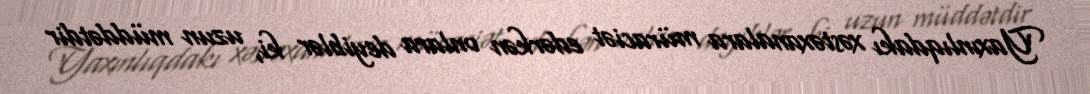
Yaxınlıqdakı xəstəxanalara müraciət edərkən onlara deyiblər ki, uzun müddətdir